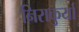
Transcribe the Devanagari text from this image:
निराकुर्यां